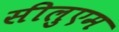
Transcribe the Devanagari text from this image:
सीलुएम